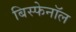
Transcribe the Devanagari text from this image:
बिस्फेनॉल